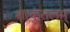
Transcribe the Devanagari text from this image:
शाकुंतलम्‌